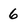
Character: 6